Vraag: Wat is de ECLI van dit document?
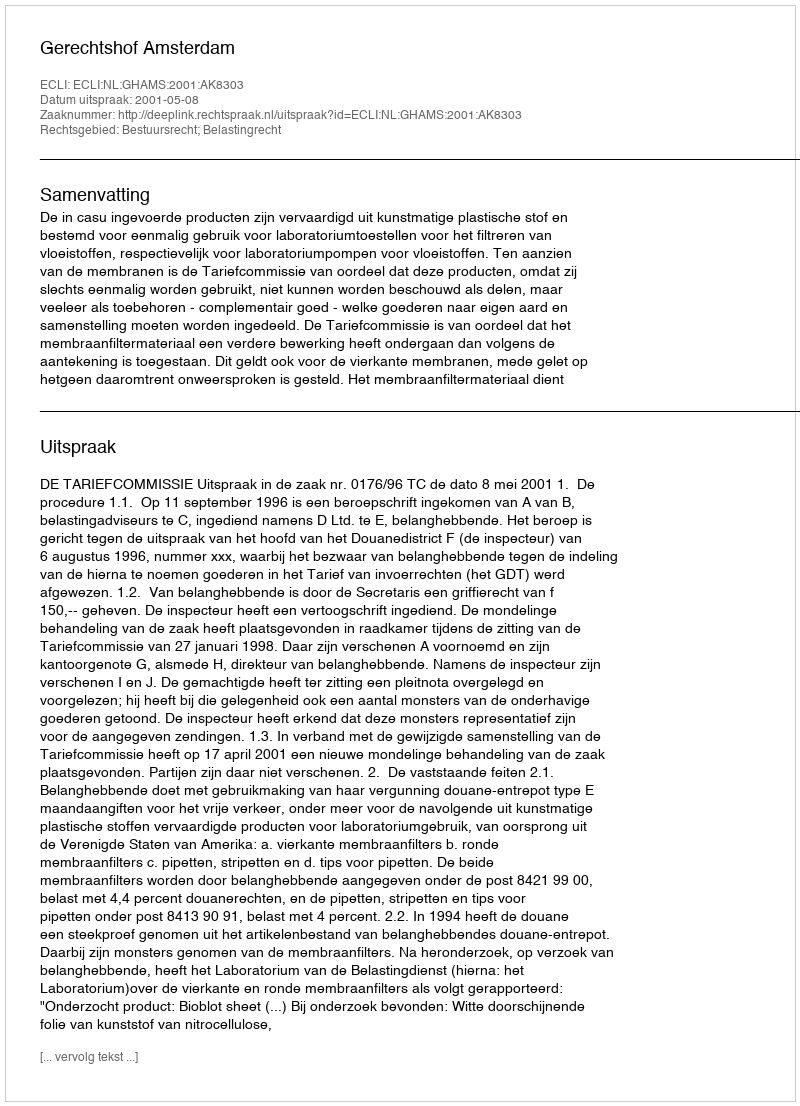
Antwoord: ECLI:NL:GHAMS:2001:AK8303